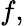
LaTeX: f,